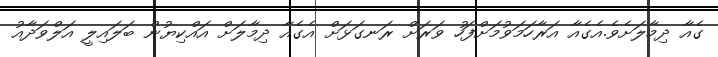
ގެއާ ދިމާލަށެވެ.އެގެއާ އަރާހަމަވުމަށްފަހު ވަރަށް ރަނގަޅަށް އެގެއާ ދިމާލަށް އައްކިޔުން ބަލައިލީ އަލްވަދާއު